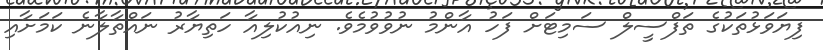
ފިޔަވަޅުތަކުގެ ތަފްސީލް ސަމިޓަށް ފަހު އާންމު ނުވުވުމެވެ. ނިއުކުލިއާ ހަތިޔާރު ނައްތާލާނެ ކަމަށާއި